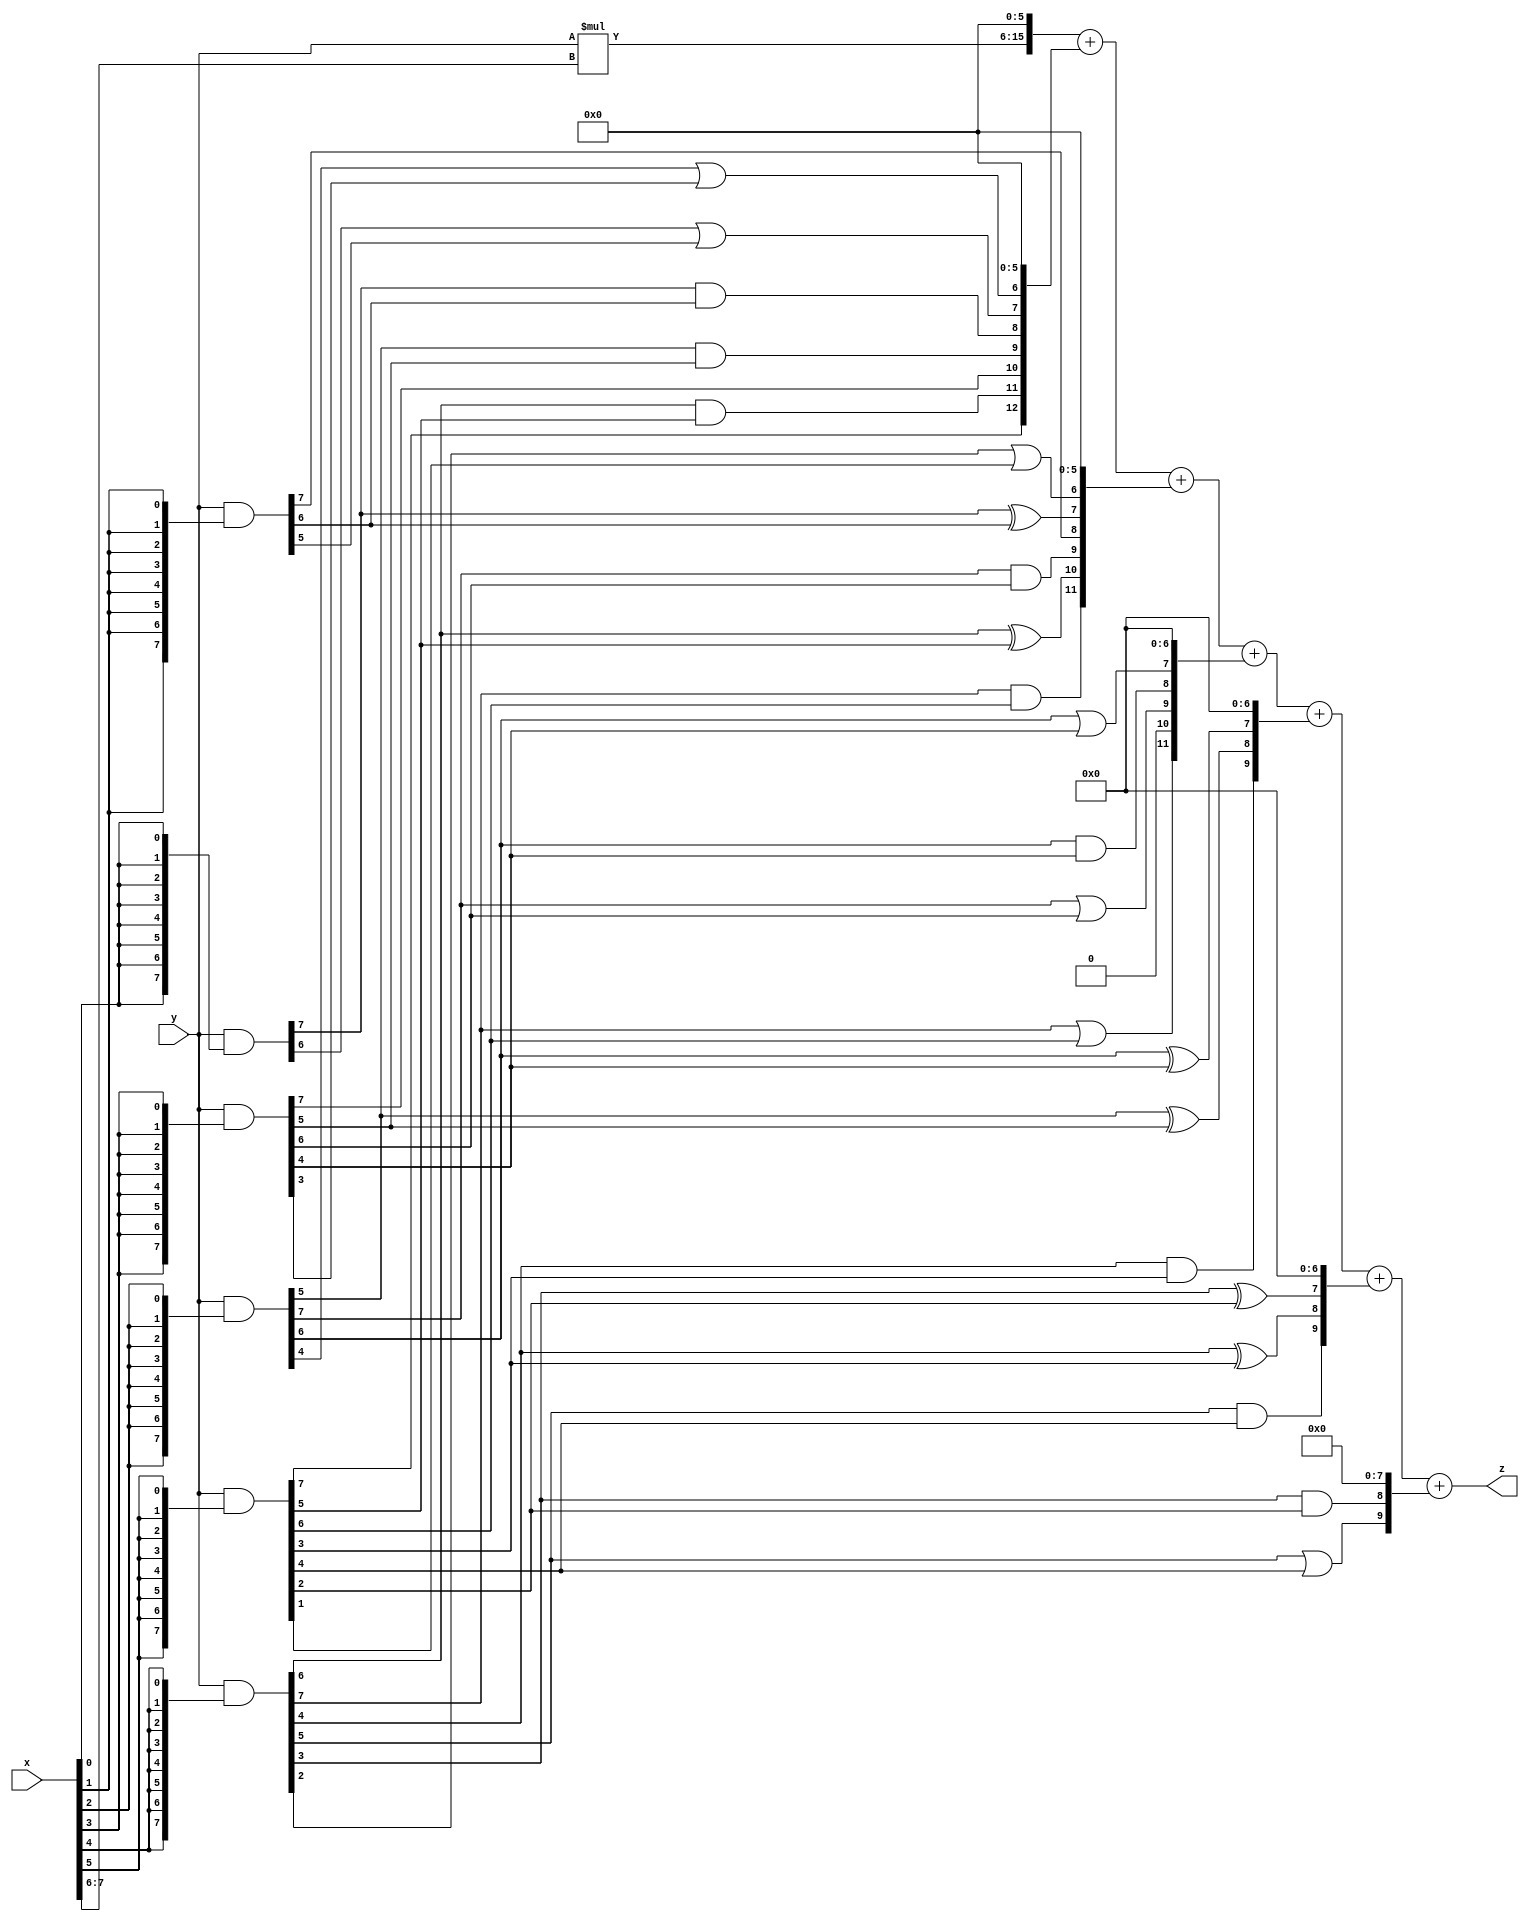
// terms: 25
// fval:  57082.25

module unsigned_exchange_8x8_l6_lamb2000_2 (
	input [7:0] x,
	input [7:0] y,
	output [15:0] z
);

wire [7:0] part1 =  y & {8{x[0]}};
wire [7:0] part2 =  y & {8{x[1]}};
wire [7:0] part3 =  y & {8{x[2]}};
wire [7:0] part4 =  y & {8{x[3]}};
wire [7:0] part5 =  y & {8{x[4]}};
wire [7:0] part6 =  y & {8{x[5]}};
wire [7:0] part7 =  y & {8{x[6]}};
wire [7:0] part8 =  y & {8{x[7]}};

wire [12:0] new_part1;
assign new_part1[0] = 0;
assign new_part1[1] = 0;
assign new_part1[2] = 0;
assign new_part1[3] = 0;
assign new_part1[4] = 0;
assign new_part1[5] = 0;
assign new_part1[6] = part3[4] | part4[3];
assign new_part1[7] = part1[6] | part2[5];
assign new_part1[8] = part1[7] & part2[6];
assign new_part1[9] = part3[5] & part4[5];
assign new_part1[10] = part4[7];
assign new_part1[11] = part5[6] & part6[5];
assign new_part1[12] = part6[7];

wire [11:0] new_part2;
assign new_part2[0] = 0;
assign new_part2[1] = 0;
assign new_part2[2] = 0;
assign new_part2[3] = 0;
assign new_part2[4] = 0;
assign new_part2[5] = 0;
assign new_part2[6] = part5[2] | part6[1];
assign new_part2[7] = part1[7] ^ part2[6];
assign new_part2[8] = part2[7];
assign new_part2[9] = part3[7] & part4[6];
assign new_part2[10] = part5[6] ^ part6[5];
assign new_part2[11] = part5[7] & part6[6];

wire [11:0] new_part3;
assign new_part3[0] = 0;
assign new_part3[1] = 0;
assign new_part3[2] = 0;
assign new_part3[3] = 0;
assign new_part3[4] = 0;
assign new_part3[5] = 0;
assign new_part3[6] = 0;
assign new_part3[7] = part3[6] | part4[4];
assign new_part3[8] = part3[6] & part4[4];
assign new_part3[9] = part3[7] | part4[6];
assign new_part3[10] = 0;
assign new_part3[11] = part5[7] | part6[6];

wire [9:0] new_part4;
assign new_part4[0] = 0;
assign new_part4[1] = 0;
assign new_part4[2] = 0;
assign new_part4[3] = 0;
assign new_part4[4] = 0;
assign new_part4[5] = 0;
assign new_part4[6] = 0;
assign new_part4[7] = part3[6] ^ part4[4];
assign new_part4[8] = part3[5] ^ part4[5];
assign new_part4[9] = part5[4] & part6[3];

wire [9:0] new_part5;
assign new_part5[0] = 0;
assign new_part5[1] = 0;
assign new_part5[2] = 0;
assign new_part5[3] = 0;
assign new_part5[4] = 0;
assign new_part5[5] = 0;
assign new_part5[6] = 0;
assign new_part5[7] = part5[3] ^ part6[2];
assign new_part5[8] = part5[4] ^ part6[3];
assign new_part5[9] = part5[5] & part6[4];

wire [9:0] new_part6;
assign new_part6[0] = 0;
assign new_part6[1] = 0;
assign new_part6[2] = 0;
assign new_part6[3] = 0;
assign new_part6[4] = 0;
assign new_part6[5] = 0;
assign new_part6[6] = 0;
assign new_part6[7] = 0;
assign new_part6[8] = part5[3] & part6[2];
assign new_part6[9] = part5[5] | part6[4];

wire [9:0] tmp_z = y*x[7:6];

assign z = {tmp_z, 6'd 0} + new_part1 + new_part2 + new_part3 + new_part4 + new_part5 + new_part6;

endmodule